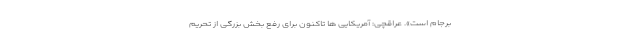
برجام است». عراقچی: آمریکایی ها تاکنون برای رفع بخش بزرگی از تحریم